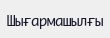
Шығармашылғы